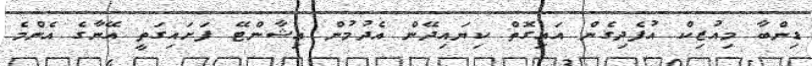
ޑިންބާ މިއުޒިކް އުފެދިގެން އައިގޮތް ކިޔައިދޭން އެދުމުން އިޝާންޓޭ ފަށައިގަތީ އޭނާގެ އެންމެ